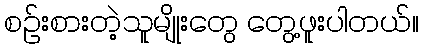
စဥ်းစားတဲ့သူမျိုးတွေ တွေ့ဖူးပါတယ်။